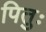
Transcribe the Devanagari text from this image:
पितुः